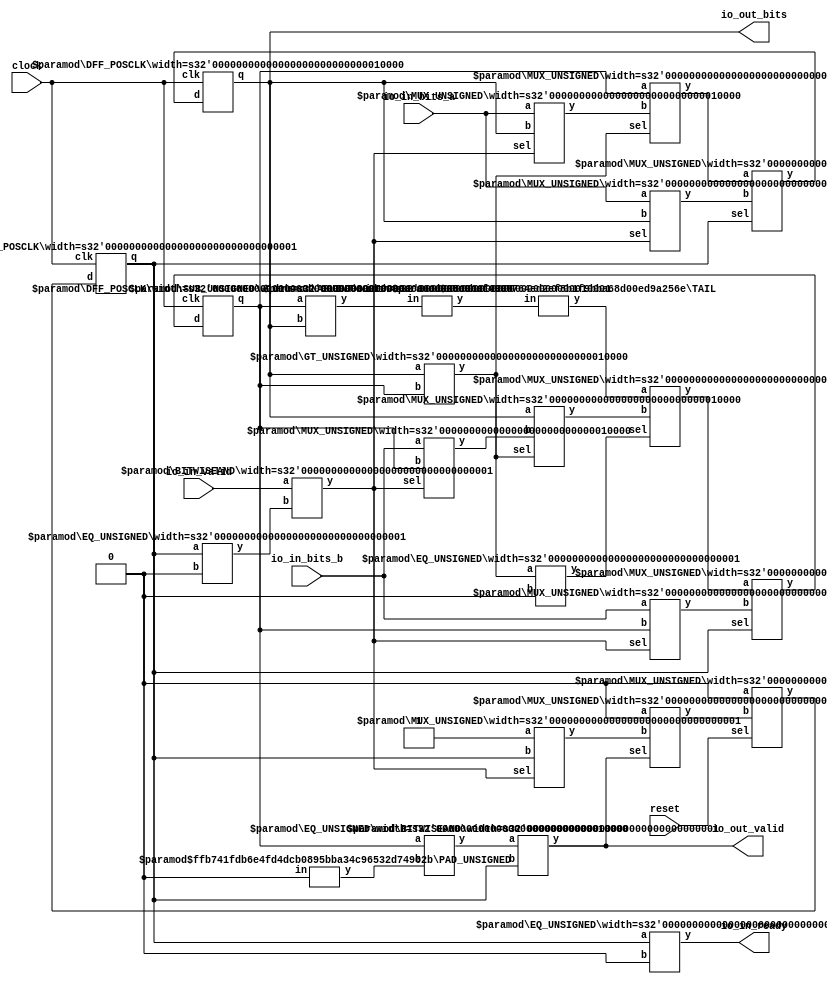
module RealGCD3(
    input clock,
    input reset,
    output io_in_ready,
    input io_in_valid,
    input [15:0] io_in_bits_a,
    input [15:0] io_in_bits_b,
    output io_out_valid,
    output [15:0] io_out_bits
);
    wire [15:0] _x__q;
    wire [15:0] _x__d;
    DFF_POSCLK #(.width(16)) x (
        .q(_x__q),
        .d(_x__d),
        .clk(clock)
    );
    wire [15:0] _y__q;
    wire [15:0] _y__d;
    DFF_POSCLK #(.width(16)) y (
        .q(_y__q),
        .d(_y__d),
        .clk(clock)
    );
    wire _p__q;
    wire _p__d;
    DFF_POSCLK #(.width(1)) p (
        .q(_p__q),
        .d(_p__d),
        .clk(clock)
    );
    wire _WTEMP_0;
    MUX_UNSIGNED #(.width(1)) u_mux_1 (
        .y(_p__d),
        .sel(reset),
        .a(1'h0),
        .b(_WTEMP_0)
    );
    wire [15:0] _ti__q;
    wire [15:0] _ti__d;
    DFF_POSCLK #(.width(16)) ti (
        .q(_ti__q),
        .d(_ti__d),
        .clk(clock)
    );
    wire [15:0] _WTEMP_1;
    MUX_UNSIGNED #(.width(16)) u_mux_2 (
        .y(_ti__d),
        .sel(reset),
        .a(16'h0),
        .b(_WTEMP_1)
    );
    wire [16:0] _T_20;
    wire [15:0] _WTEMP_2;
    PAD_UNSIGNED #(.width(1), .n(16)) u_pad_3 (
        .y(_WTEMP_2),
        .in(1'h1)
    );
    ADD_UNSIGNED #(.width(16)) u_add_4 (
        .y(_T_20),
        .a(_ti__q),
        .b(_WTEMP_2)
    );
    wire [15:0] _T_21;
    TAIL #(.width(17), .n(1)) tail_5 (
        .y(_T_21),
        .in(_T_20)
    );
    wire _T_23;
    EQ_UNSIGNED #(.width(1)) u_eq_6 (
        .y(_T_23),
        .a(_p__q),
        .b(1'h0)
    );
    wire _T_25;
    EQ_UNSIGNED #(.width(1)) u_eq_7 (
        .y(_T_25),
        .a(_p__q),
        .b(1'h0)
    );
    wire _T_26;
    BITWISEAND #(.width(1)) bitwiseand_8 (
        .y(_T_26),
        .a(io_in_valid),
        .b(_T_25)
    );
    wire _T_28;
    GT_UNSIGNED #(.width(16)) u_gt_9 (
        .y(_T_28),
        .a(_x__q),
        .b(_y__q)
    );
    wire [15:0] _node_0;
    MUX_UNSIGNED #(.width(16)) u_mux_10 (
        .y(_node_0),
        .sel(_T_26),
        .a(io_in_bits_a),
        .b(_x__q)
    );
    wire [15:0] _node_1;
    MUX_UNSIGNED #(.width(16)) u_mux_11 (
        .y(_node_1),
        .sel(_T_26),
        .a(io_in_bits_b),
        .b(_y__q)
    );
    wire _T_30;
    EQ_UNSIGNED #(.width(1)) u_eq_12 (
        .y(_T_30),
        .a(_T_28),
        .b(1'h0)
    );
    wire [16:0] _T_31;
    SUB_UNSIGNED #(.width(16)) u_sub_13 (
        .y(_T_31),
        .a(_y__q),
        .b(_x__q)
    );
    wire [16:0] _T_32;
    ASUINT #(.width(17)) asuint_14 (
        .y(_T_32),
        .in(_T_31)
    );
    wire [15:0] _T_33;
    TAIL #(.width(17), .n(1)) tail_15 (
        .y(_T_33),
        .in(_T_32)
    );
    wire [15:0] _node_2;
    MUX_UNSIGNED #(.width(16)) u_mux_16 (
        .y(_node_2),
        .sel(_T_28),
        .a(_x__q),
        .b(_node_1)
    );
    wire _T_35;
    EQ_UNSIGNED #(.width(1)) u_eq_17 (
        .y(_T_35),
        .a(reset),
        .b(1'h0)
    );
    wire [15:0] _node_3;
    MUX_UNSIGNED #(.width(16)) u_mux_18 (
        .y(_node_3),
        .sel(_T_28),
        .a(_y__q),
        .b(_node_0)
    );
    wire [15:0] _node_4;
    MUX_UNSIGNED #(.width(16)) u_mux_19 (
        .y(_node_4),
        .sel(_T_26),
        .a(io_in_bits_a),
        .b(_x__q)
    );
    wire [15:0] _node_5;
    MUX_UNSIGNED #(.width(16)) u_mux_20 (
        .y(_node_5),
        .sel(_T_30),
        .a(_T_33),
        .b(_node_2)
    );
    wire [15:0] _node_6;
    MUX_UNSIGNED #(.width(16)) u_mux_21 (
        .y(_node_6),
        .sel(_T_26),
        .a(io_in_bits_b),
        .b(_y__q)
    );
    wire _T_37;
    EQ_UNSIGNED #(.width(1)) u_eq_22 (
        .y(_T_37),
        .a(_p__q),
        .b(1'h0)
    );
    wire _T_39;
    EQ_UNSIGNED #(.width(1)) u_eq_23 (
        .y(_T_39),
        .a(reset),
        .b(1'h0)
    );
    wire _T_41;
    wire [15:0] _WTEMP_3;
    PAD_UNSIGNED #(.width(1), .n(16)) u_pad_24 (
        .y(_WTEMP_3),
        .in(1'h0)
    );
    EQ_UNSIGNED #(.width(16)) u_eq_25 (
        .y(_T_41),
        .a(_y__q),
        .b(_WTEMP_3)
    );
    wire _T_42;
    BITWISEAND #(.width(1)) bitwiseand_26 (
        .y(_T_42),
        .a(_T_41),
        .b(_p__q)
    );
    wire _node_7;
    MUX_UNSIGNED #(.width(1)) u_mux_27 (
        .y(_node_7),
        .sel(_T_26),
        .a(1'h1),
        .b(_p__q)
    );
    assign io_in_ready = _T_23;
    assign io_out_bits = _x__q;
    assign io_out_valid = _T_42;
    MUX_UNSIGNED #(.width(1)) u_mux_28 (
        .y(_WTEMP_0),
        .sel(io_out_valid),
        .a(1'h0),
        .b(_node_7)
    );
    assign _WTEMP_1 = _T_21;
    MUX_UNSIGNED #(.width(16)) u_mux_29 (
        .y(_x__d),
        .sel(_p__q),
        .a(_node_3),
        .b(_node_4)
    );
    MUX_UNSIGNED #(.width(16)) u_mux_30 (
        .y(_y__d),
        .sel(_p__q),
        .a(_node_5),
        .b(_node_6)
    );
endmodule //RealGCD3
module DFF_POSCLK(q, d, clk);
    parameter width = 4;
    output reg [width-1:0] q;
    input [width-1:0] d;
    input clk;
    always @(posedge clk) begin
        q <= d;
    end
endmodule // DFF_POSCLK
module MUX_UNSIGNED(y, sel, a, b);
    parameter width = 4;
    output [width-1:0] y;
    input sel;
    input [width-1:0] a;
    input [width-1:0] b;
    assign y = sel ? a : b;
endmodule // MUX_UNSIGNED
module PAD_UNSIGNED(y, in);
    parameter width = 4;
    parameter n = 4;
    output [(n > width ? n : width)-1:0] y;
    input [width-1:0] in;
    assign y = (n > width) ? {{(n - width){1'b0}}, in} : in;
endmodule // PAD_UNSIGNED
module ADD_UNSIGNED(y, a, b);
    parameter width = 4;
    output [width:0] y;
    input [width-1:0] a;
    input [width-1:0] b;
    assign y = a + b;
endmodule // ADD_UNSIGNED
module TAIL(y, in);
    parameter width = 4;
    parameter n = 2;
    output [width-n-1:0] y;
    input [width-1:0] in;
    assign y = in[width-n-1:0];
endmodule // TAIL
module EQ_UNSIGNED(y, a, b);
    parameter width = 4;
    output y;
    input [width-1:0] a;
    input [width-1:0] b;
    assign y = a == b;
endmodule // EQ_UNSIGNED
module BITWISEAND(y, a, b);
    parameter width = 4;
    output [width-1:0] y;
    input [width-1:0] a;
    input [width-1:0] b;
    assign y = a & b;
endmodule // BITWISEAND
module GT_UNSIGNED(y, a, b);
    parameter width = 4;
    output y;
    input [width-1:0] a;
    input [width-1:0] b;
    assign y = a > b;
endmodule // GT_UNSIGNED
module SUB_UNSIGNED(y, a, b);
    parameter width = 4;
    output [width:0] y;
    input [width-1:0] a;
    input [width-1:0] b;
    assign y = a - b;
endmodule // SUB_UNSIGNED
module ASUINT(y, in);
    parameter width = 4;
    output [width-1:0] y;
    input [width-1:0] in;
    assign y = $unsigned(in);
endmodule // ASUINT